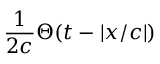
{ \frac { 1 } { 2 c } } \Theta ( t - | x / c | )